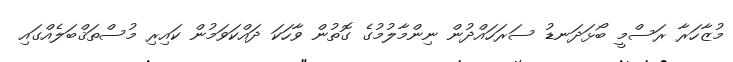
މުޒާހަރާ ރަސްމީ ބޯޅަދަނޑު ސަރަހައްދުން ނިންމާލުމުގެ ގޮތުން ވާހަކަ ދައްކަވަމުން ކައިރި މުސްތަޤްބަލެއްގައި